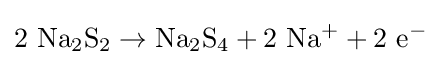
2\ \mathrm {Na_{2}S_{2}} \rightarrow \mathrm {Na_{2}S_{4}} +2\ \mathrm {Na^{+}} +2\ \mathrm {e} ^{-}